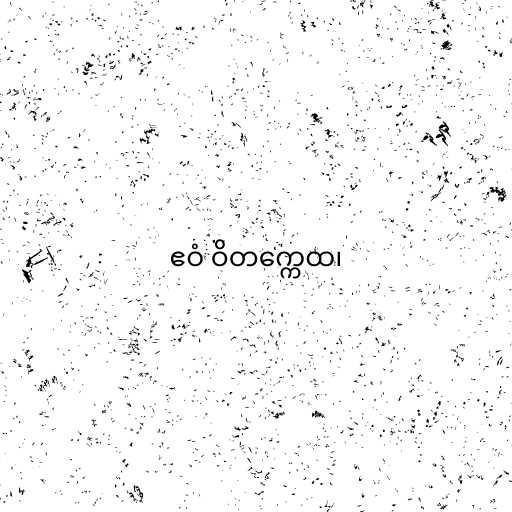
ဧဝံ ဝိတက္ကေထ၊